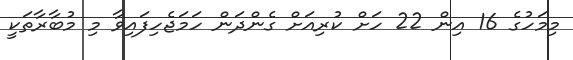
މިމަހުގެ 16 އިން 22 ހަށް ކުރިއަށް ގެންދަން ހަމަޖެހިފައިވާ މި މުބާރާތަކީ